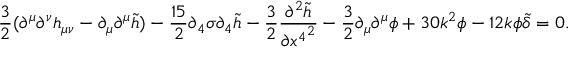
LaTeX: \frac { 3 } { 2 } ( \partial ^ { \mu } \partial ^ { \nu } h _ { \mu \nu } - \partial _ { \mu } \partial ^ { \mu } \tilde { h } ) - \frac { 1 5 } { 2 } \partial _ { 4 } \sigma \partial _ { 4 } \tilde { h } - \frac { 3 } { 2 } \frac { \partial ^ { 2 } \tilde { h } } { \partial { x ^ { 4 } } ^ { 2 } } - \frac { 3 } { 2 } \partial _ { \mu } \partial ^ { \mu } \phi + 3 0 k ^ { 2 } \phi - 1 2 k \phi \tilde { \delta } = 0 .